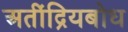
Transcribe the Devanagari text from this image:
अतींद्रियबोध